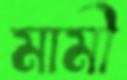
মামী